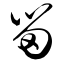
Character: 留